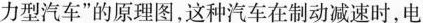
力型汽车”的原理图，这种汽车在制动减速时，电